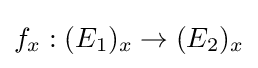
f_{x}:(E_{1})_{x}\to (E_{2})_{x}